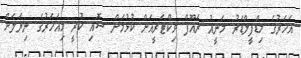
އަހަރުގެ މިޑްފީލްޑަރު މަނީއު ރައޫފް ވިކްޓަރީއަށް ކުޅުމަށް ސޮއި ކުރީ މިއަހަރުގެ ނިޔަލަށް